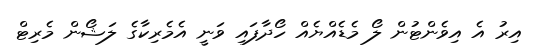
އިރު އެ އިވެންޓުން ލޯ މެޑެއްޔެއް ހޯދާފައި ވަނީ އެމެރިކާގެ ލަޝޯން މެރިޓް